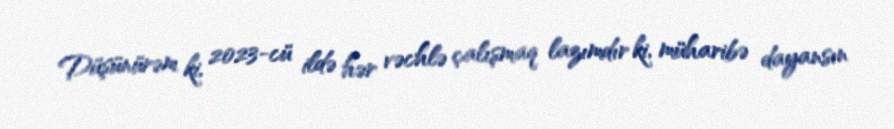
Düşünürəm ki, 2023-cü ildə hər vəchlə çalışmaq lazımdır ki, müharibə dayansın